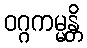
ဝဂ္ဂကမ္မန္တိ